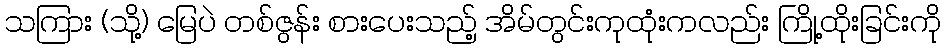
သကြား (သို့) မြေပဲ တစ်ဇွန်း စားပေးသည့် အိမ်တွင်းကုထုံးကလည်း ကြို့ထိုးခြင်းကို